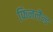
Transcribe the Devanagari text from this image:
फिनलैन्ड